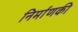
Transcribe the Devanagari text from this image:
निर्माणकी